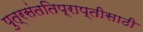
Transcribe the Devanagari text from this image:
पुत्रसंततिप्राप्तीसाठी